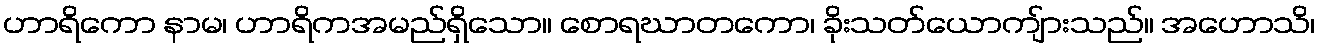
ဟာရိကော နာမ၊ ဟာရိကအမည်ရှိသော။ စောရဃာတကော၊ ခိုးသတ်ယောကျ်ားသည်။ အဟောသိ၊